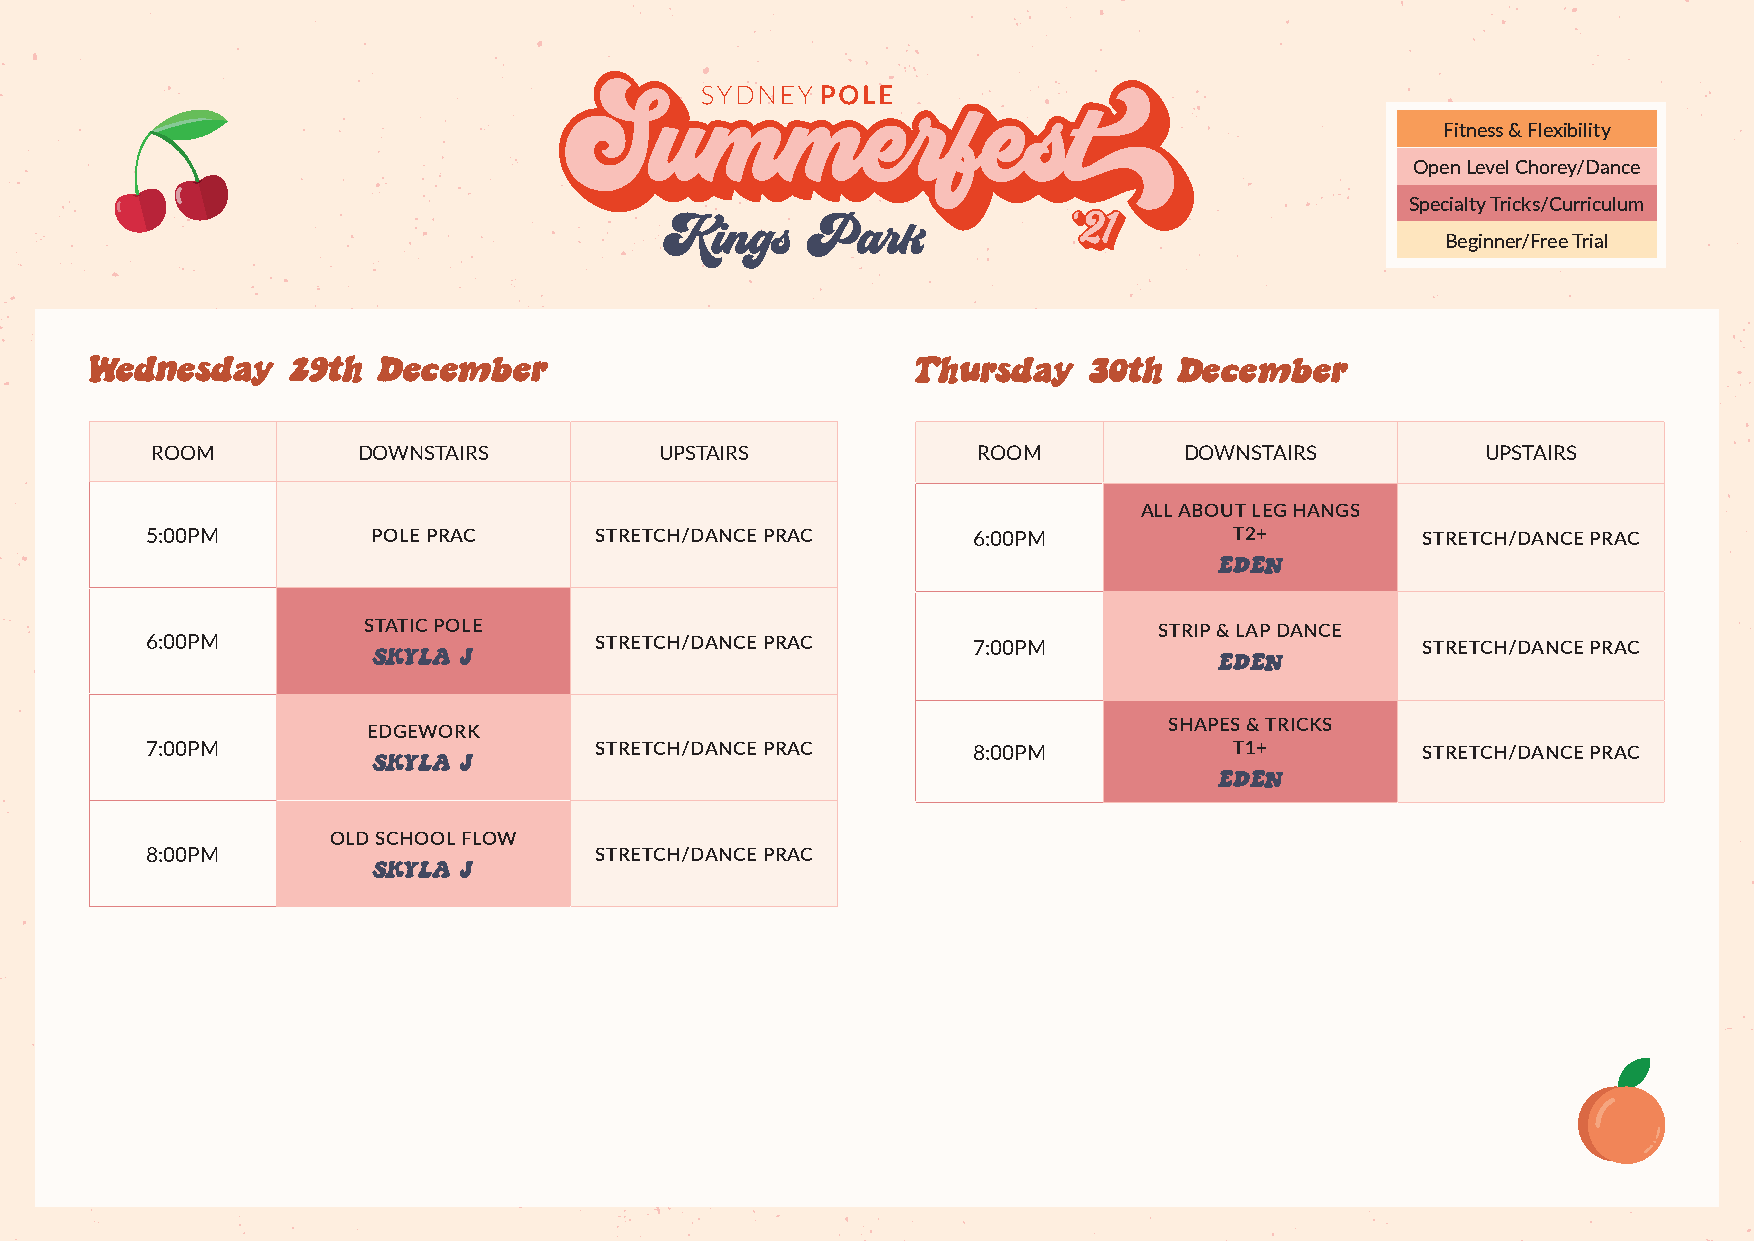
Fitness & Flexibility
 Open Level Chorey/Dance
 Summerfest
 Summerfest                                              Specialty Tricks/Curriculum
 ‘21                      Beginner/Free Trial
 Kings    Park              ‘21
 Wednesday    29th  December                            Thursday   30th  December
 ROOM          DOWNSTAIRS          UPSTAIRS             ROOM         DOWNSTAIRS          UPSTAIRS
 ALL ABOUT LEG HANGS
 5:00PM         POLE PRAC     STRETCH/DANCE PRAC       6:00PM            T2+         STRETCH/DANCE PRAC
 EDEN
 STATIC POLE                                          STRIP & LAP DANCE
 6:00PM                       STRETCH/DANCE PRAC       7:00PM                        STRETCH/DANCE PRAC
 SKYLA J                                                 EDEN
 SHAPES & TRICKS
 EDGEWORK
 7:00PM                       STRETCH/DANCE PRAC       8:00PM            T1+         STRETCH/DANCE PRAC
 SKYLA J
 EDEN
 OLD SCHOOL FLOW
 8:00PM                       STRETCH/DANCE PRAC
 SKYLA J